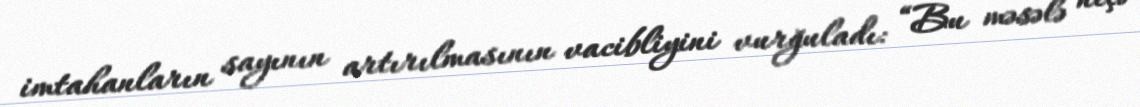
imtahanların sayının artırılmasının vacibliyini vurğuladı: “Bu məsələ neçə